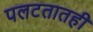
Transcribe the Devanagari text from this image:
पलटतातही